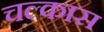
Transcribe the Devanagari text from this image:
चल्कास